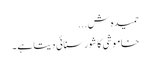
حمیدہ ش...
خاموشی کا شور سنائی دیتا ہے ۔